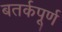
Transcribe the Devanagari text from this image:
बतर्कपूर्ण